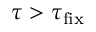
\tau > \tau _ { \mathrm { f i x } }